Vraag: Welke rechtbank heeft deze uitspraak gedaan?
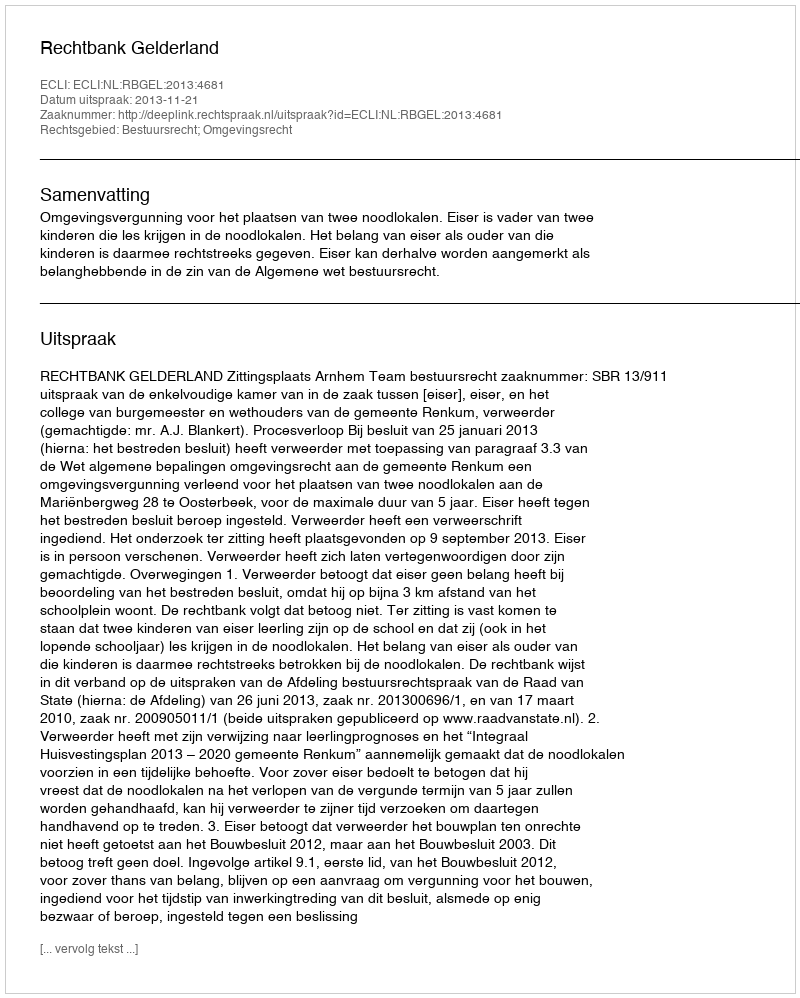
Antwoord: Rechtbank Gelderland